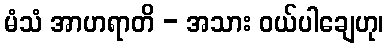
မံသံ အာဟရာတိ - အသား ဝယ်ပါချေဟု၊